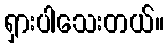
ရှားပါသေးတယ်။